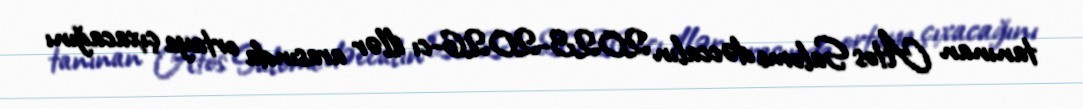
tanınan Atos Salome dəccalın 2023-2026-cı illər arasında ortaya çıxacağını